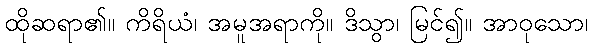
ထိုဆရာ၏။ ကိရိယံ၊ အမူအရာကို။ ဒိသွာ၊ မြင်၍။ အာဝုသော၊